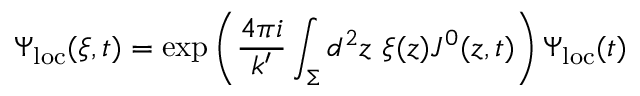
\Psi _ { \mathrm { l o c } } ( \xi , t ) = \exp \left( \frac { 4 \pi i } { k ^ { \prime } } \int _ { \Sigma } d ^ { 2 } z ~ \xi ( z ) J ^ { 0 } ( z , t ) \right) \Psi _ { \mathrm { l o c } } ( t )